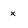
Character: x